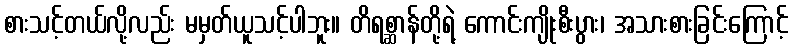
စားသင့်တယ်လို့လည်း မမှတ်ယူသင့်ပါဘူး။ တိရစ္ဆာန်တို့ရဲ့ ကောင်းကျိုးစီးပွား၊ အသားစားခြင်းကြောင့်